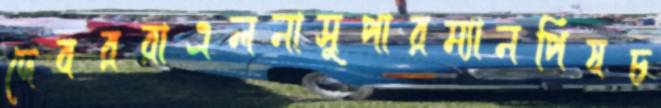
দেবররাএলনাসুপারম্যানপিষচ